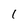
Character: 1